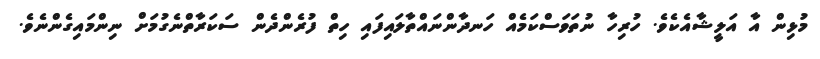
މުޅިން އާ އަލީޝާއެކެވެ. ހުރިހާ ނުތަވަސްކަމެއް ހަނދާންނައްތާލައިފައި ހިތް ފުރެންދެން ސަކަރާތްނެގުމަށް ނިންމައިގެންނެވެ.